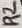
Text: R2